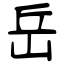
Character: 岳